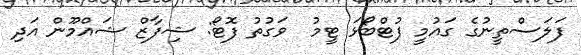
ފަލަސްތީނުގެ ގައުމީ ފުޓްބޯޅަ ޓީމު  ވަގުތު ފޮޓޯ: ޝިފާޒް ޝައްމޫން އަދި